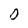
Character: O